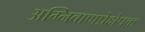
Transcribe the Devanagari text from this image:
अग्निबाणप्रेक्षेपक